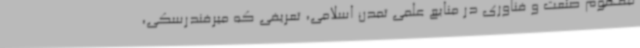
مفهوم صنعت و فناوری در منابع علمی تمدن اسلامی، تعریفی که میرفندرسکی،